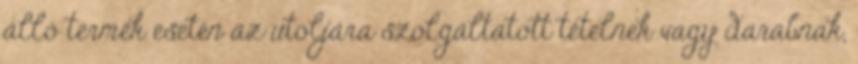
álló termék esetén az utoljára szolgáltatott tételnek vagy darabnak,